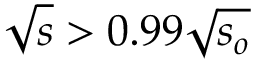
\sqrt { s } > 0 . 9 9 \sqrt { s _ { o } }